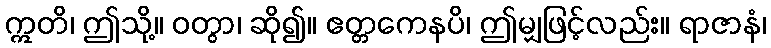
ဣတိ၊ ဤသို့။ ဝတွာ၊ ဆို၍။ ဧတ္တကေနပိ၊ ဤမျှဖြင့်လည်း။ ရာဇာနံ၊